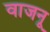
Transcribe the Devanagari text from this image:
वाजनू